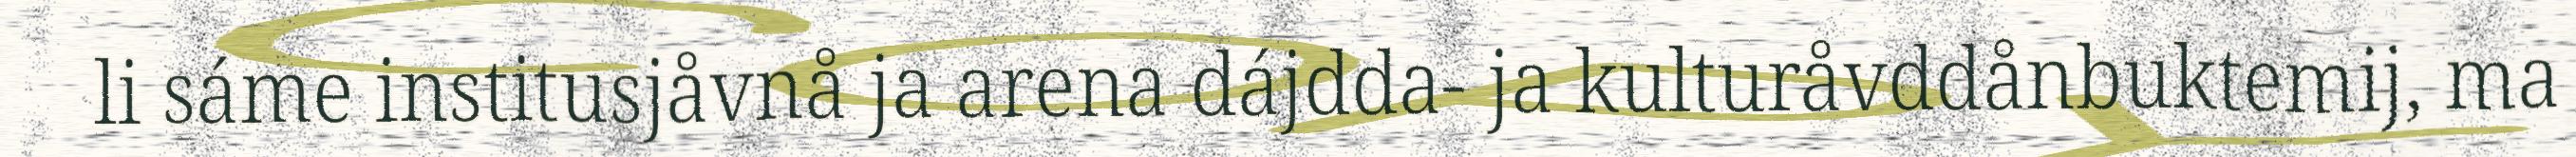
li sáme institusjåvnå ja arena dájdda- ja kulturåvddånbuktemij, ma